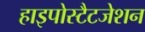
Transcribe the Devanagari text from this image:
हाइपोस्टैटजेशन